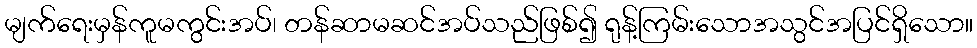
မျက်ရေးမှန်ကူမကွင်းအပ်၊ တန်ဆာမဆင်အပ်သည်ဖြစ်၍ ရုန့်ကြမ်းသောအသွင်အပြင်ရှိသော။